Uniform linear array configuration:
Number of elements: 12
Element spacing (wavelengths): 0.75
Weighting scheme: binomial
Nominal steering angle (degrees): -45
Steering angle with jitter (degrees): -46.499
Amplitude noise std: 0.05
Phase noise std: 0.05

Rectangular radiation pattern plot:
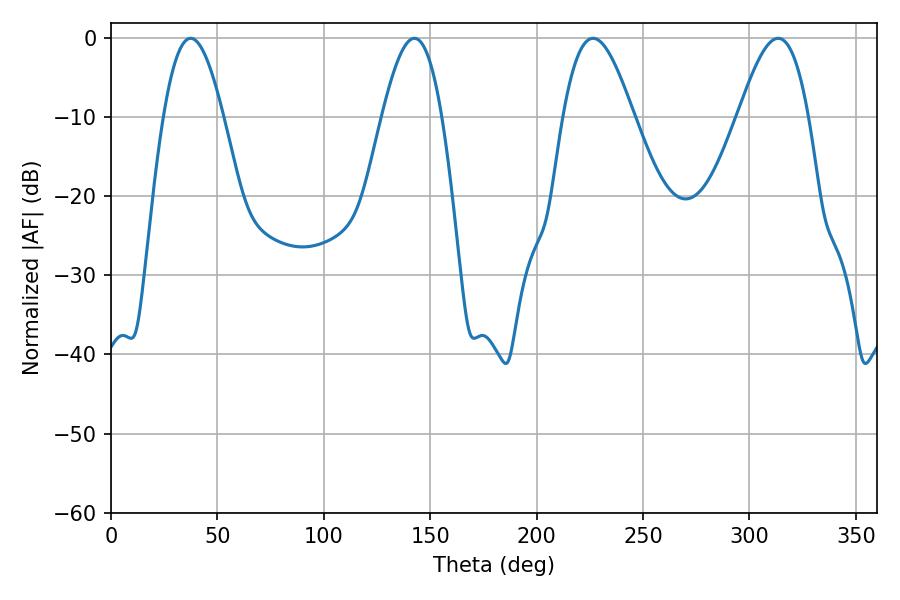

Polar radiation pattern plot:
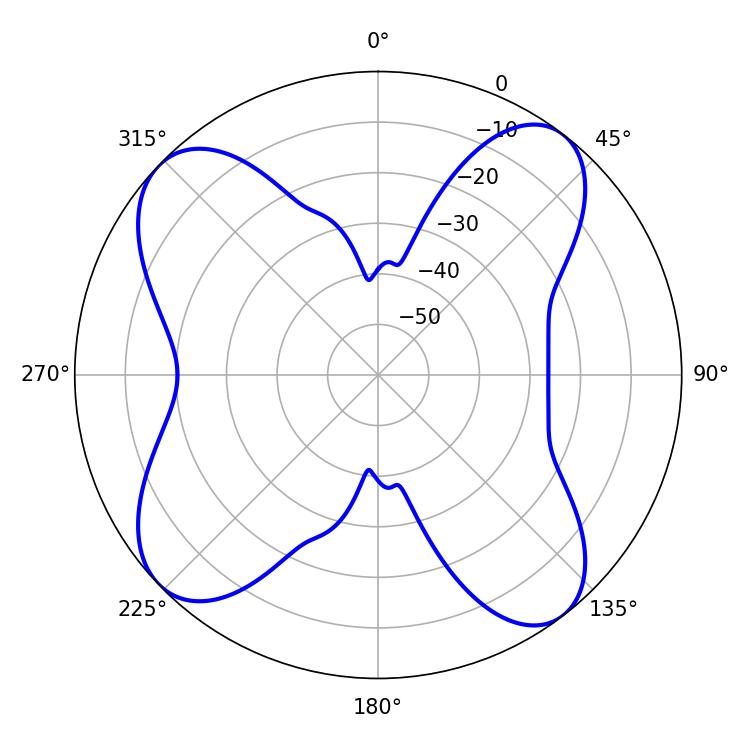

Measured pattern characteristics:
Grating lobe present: TRUE
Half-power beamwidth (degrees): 15.12
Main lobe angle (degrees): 37.44